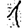
Digit: 1